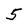
Character: 5